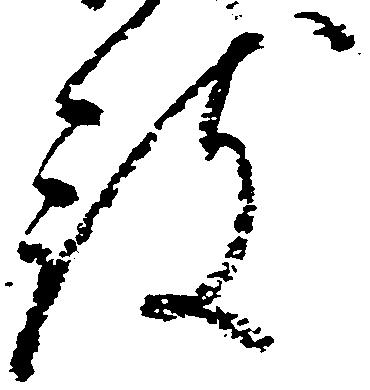
被